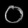
Digit: ၀